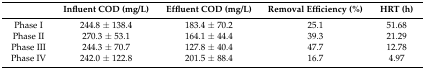
|  | Influent COD (mg/L) | Effluent COD (mg/L) | Removal Efficiency (%) | HRT (h) |
 | --- | --- | --- | --- | --- |
 | Phase I | 244.8 ± 138.4 | 183.4 ± 70.2 | 25.1 | 51.68 |
 | Phase II | 270.3 ± 53.1 | 164.1 ± 44.4 | 39.3 | 21.29 |
 | Phase III | 244.3 ± 70.7 | 127.8 ± 40.4 | 47.7 | 12.78 |
 | Phase IV | 242.0 ± 122.8 | 201.5 ± 88.4 | 16.7 | 4.97 |